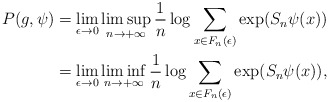
\begin{align*} P(g,\psi) & = \lim \limits_{\epsilon\to 0} \limsup\limits_{n\to+\infty} \frac{1}{n} \log \sum\limits_{x\in F_n(\epsilon)} \exp(S_n \psi(x)) \\ & = \lim \limits_{\epsilon\to 0} \liminf\limits_{n\to+\infty} \frac{1}{n} \log \sum\limits_{x\in F_n(\epsilon)} \exp(S_n \psi(x)), \end{align*}